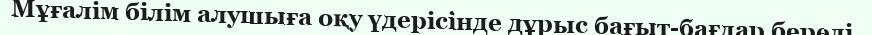
Мұғалім білім алушыға оқу үдерісінде дұрыс бағыт-бағдар береді.